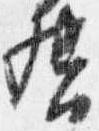
督